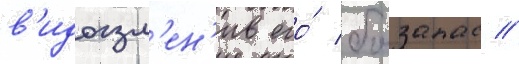
в'идоизм'ен'ив его́ боезапас //